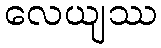
လေယျဿ